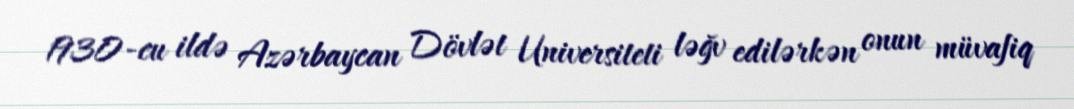
1930-cu ildə Azərbaycan Dövlət Universiteti ləğv edilərkən onun müvafiq